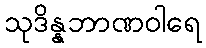
သုဒိန္နဘာဏဝါရေ